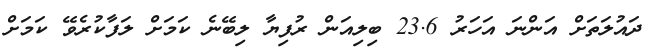
ދައުލަތަށް އަންނަ އަހަރު 23.6 ބިލިއަން ރުފިޔާ ލިބޭނެ ކަމަށް ލަފާކުރެވޭ ކަމަށް